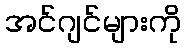
အင်ဂျင်များကို